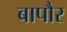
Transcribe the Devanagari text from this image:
बापौर